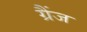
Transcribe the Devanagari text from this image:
ग्रैंज